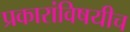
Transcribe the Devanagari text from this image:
प्रकारांविषयीच